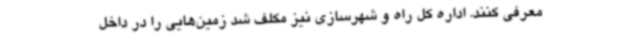
معرفی کنند. اداره کل راه و شهرسازی نیز مکلف شد زمین‌هایی را در داخل